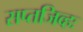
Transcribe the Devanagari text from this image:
सप्तजिव्हः